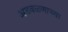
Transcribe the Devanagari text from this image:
अडवळणाच्या